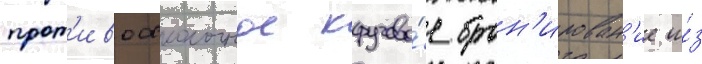
прот'ивоосколочное кругово́е брон'ирован'ие и́з